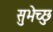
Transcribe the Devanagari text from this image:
सुभेच्छु